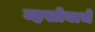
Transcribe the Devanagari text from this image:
म्हसोबाचे